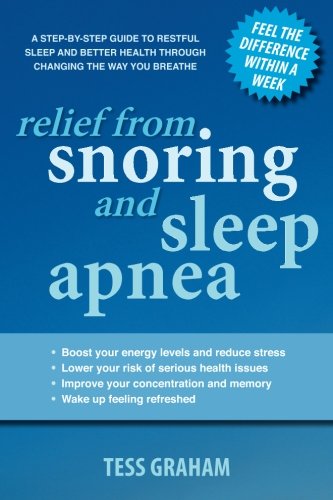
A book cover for Relief from snoring and sleep apnea: A step-by-step guide to restful sleep and better health through changing the way you breathe; Tess Graham; Health, Fitness & Dieting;